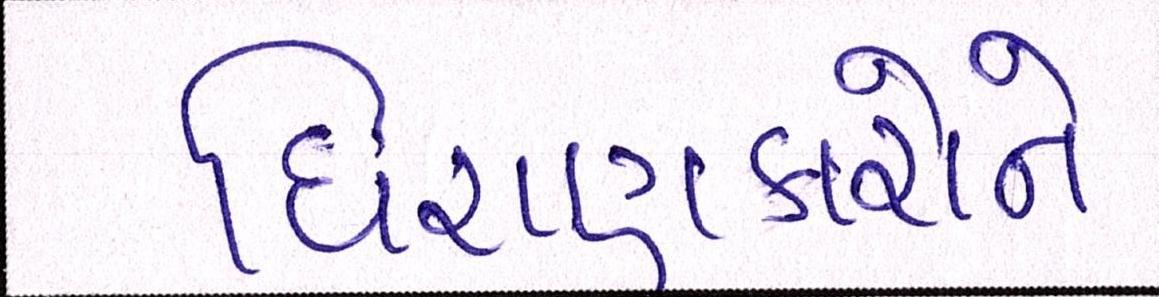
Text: ધિરાણકારોને